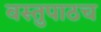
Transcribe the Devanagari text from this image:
वस्तुपाठच